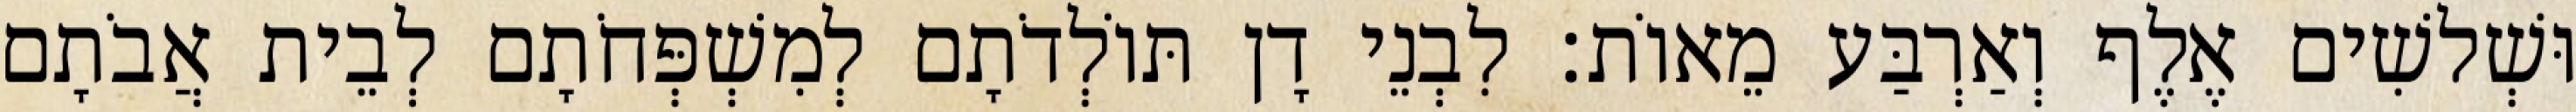
וּשְׁלשִׁים אֶלֶף וְאַרְבַּע מֵאוֹת׃ לִבְנֵי דָן תּוֹלְדֹתָם לְמִשְׁפְּחֹתָם לְבֵית אֲבֹתָם